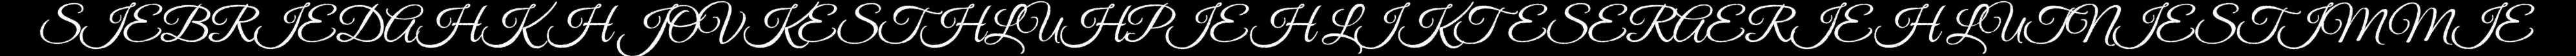
SIEBRIEDAHKH JOVKESTHLUHPIEH LIKTESERAERIEH LUTNIESTIMMIE